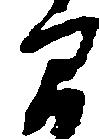
間